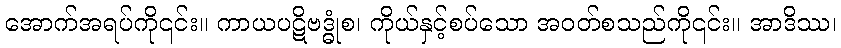
အောက်အရပ်ကို၎င်း။ ကာယပဋိဗဒ္ဓုံစ၊ ကိုယ်နှင့်စပ်သော အဝတ်စသည်ကို၎င်း။ အာဒိဿ၊